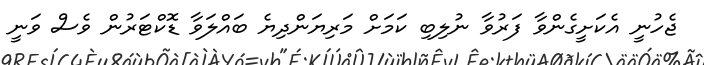
ޖެހުނީ އެކަށީގެންވާ ފަރުވާ ނުލިބި ކަމަށް މަރިޔަންދިޔެ ބައްލަވާ ޑޮކްޓަރުން ވެސް ވަނީ